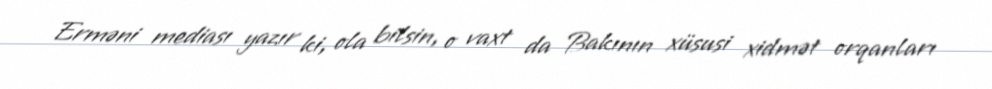
Erməni mediası yazır ki, ola bilsin, o vaxt da Bakının xüsusi xidmət orqanları